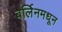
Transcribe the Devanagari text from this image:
बर्लिनमधून